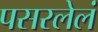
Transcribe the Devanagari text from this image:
पसरलेलं